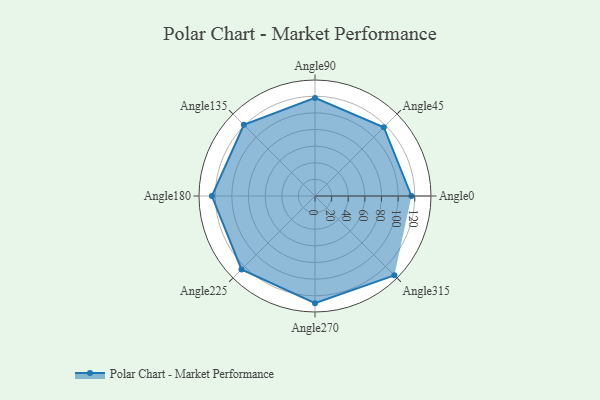
{"axis": {"x": "Angle", "y": "Radius"}, "legend": [""], "data": [{"x": "Angle0", "y": 116.0, "type": ""}, {"x": "Angle45", "y": 117.0, "type": ""}, {"x": "Angle90", "y": 118.0, "type": ""}, {"x": "Angle135", "y": 121.0, "type": ""}, {"x": "Angle180", "y": 124.0, "type": ""}, {"x": "Angle225", "y": 125.0, "type": ""}, {"x": "Angle270", "y": 129.0, "type": ""}, {"x": "Angle315", "y": 135.0, "type": ""}]}